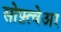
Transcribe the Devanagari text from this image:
सोफ़्त्वेअर